system: You are a helpful assistant.
user:
Analyze the provided spectrum to determine if it is a **"Cataclysmic Variables (CV)"**.

- **Key Indicators for CV (Check for either state):**
    - **State 1: Quiescent / Low-State (Emission-Dominated)**
        - **(Primary):** Strong and *very broad* Hydrogen Balmer emission lines (e.g., $H\alpha$ at 6563 Å, $H\beta$ at 4861 Å). The 'broadness' (high velocity dispersion, often FWHM > 1000 km/s) is the key diagnostic, indicating a high-velocity accretion disk.
        - **(Secondary):** Broad neutral Helium (He I) emission lines (e.g., 5876 Å, 6678 Å).
        - **(Key Confirmation):** Presence of high-excitation *ionized* Helium (He II) emission at 4686 Å. This is a strong indicator of accretion onto a white dwarf.
        - **(Line Profile):** Emission lines may exhibit a 'double-peaked' profile, which is a classic signature of a rotating accretion disk viewed at high inclination.

    - **State 2: Outburst / High-State (Absorption-Dominated)**
        - **(Primary):** Spectrum is dominated by a bright, blue continuum (looks like a hot star).
        - **(Secondary):** The emission lines from State 1 are weak, absent, or 'filled in', and are replaced by broad, shallow *absorption* lines (primarily Balmer and He I).
        - **(Morphology):** The overall spectrum mimics a hot B/A-type star. The crucial difference is that the absorption lines are significantly broader, shallower, and more 'washed-out' (or 'smeared') than the sharp lines of a normal stellar photosphere, due to high rotational speeds and pressure broadening in the disk.

Think first, call **spectral_visualization_tool** if needed to examine features in detail, then provide your final answer. Your response must adhere to the following strict rules:
1.  **Overall Structure:** Your response must follow the format `<think>...</think> <tool_call>...</tool_call> (if a tool is used) <answer>...</answer>`.
2.  **Tool Usage Constraint:** You may only make **one** tool call per turn.
3.  **Final Answer Format:** In the `<answer>` tag, your conclusion must be inside a `\boxed{}` command (e.g., `\boxed{YES}`), followed by your justification.

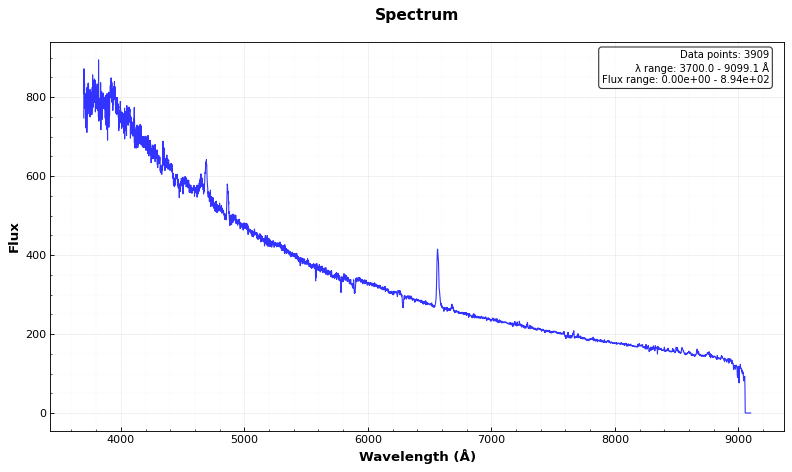
Answer: YES